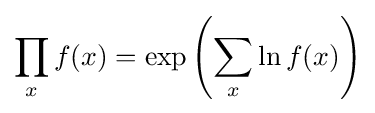
\prod _{x}f(x)=\exp \left(\sum _{x}\ln f(x)\right)